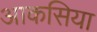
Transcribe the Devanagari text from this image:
आकसिया